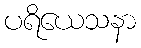
ပရိယေသနာ